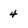
Character: 4